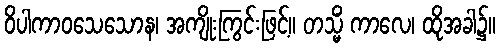
ဝိပါကာဝသေသောန၊ အကျိုးကြွင်းဖြင့်။ တသ္မိံ ကာလေ၊ ထိုအခါ၌။